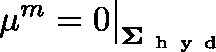
\mu ^ { m } = 0 \big \vert _ { \mathbf { \Sigma } _ { \mathrm { ~ h ~ y ~ d ~ } } }